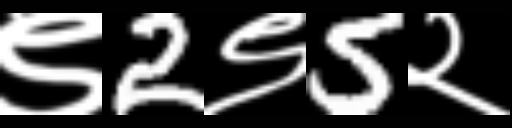
Text: ९2९5२